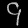
Digit: ၄